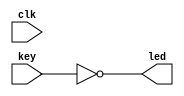
`timescale 1ns / 1ps
module key_test(clk,key,led);
	input clk;
	input [3:0] key;
	output  [3:0] led;
	
	/*reg [3:0] led_r;
	reg [3:0] led_r1;
	
	always @(posedge clk)
	begin
		led_r<=~key;
	end
	
	always @(posedge clk)
	begin
		led_r1<=led_r;
	end*/
	
	assign led=~key;

endmodule